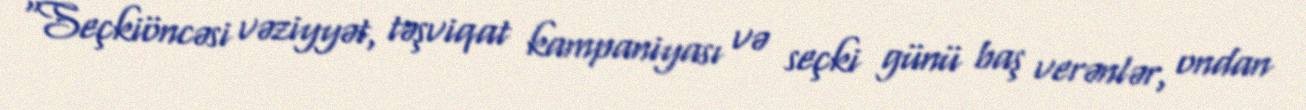
“Seçkiöncəsi vəziyyət, təşviqat kampaniyası və seçki günü baş verənlər, ondan